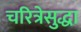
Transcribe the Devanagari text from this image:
चरित्रेसुद्धा